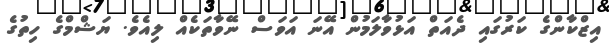
އިޒްކާންގެ ކަރުގައި ދެއަތް އަޅުވާލަމުން އޭނަ އަވަސް ނޭވާތަކެއް ލިއެވެ. ޔަޝްމްގެ ހިތުގެ